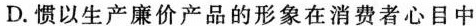
D.惯以生产廉价产品的形象在消费者心目中